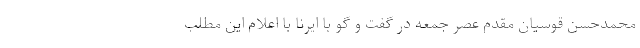
محمدحسن قوسیان مقدم عصر جمعه در گفت و گو با ایرنا با اعلام این مطلب